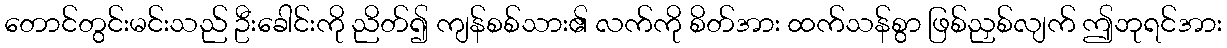
တောင်တွင်းမင်းသည် ဦးခေါင်းကို ညိတ်၍ ကျန်စစ်သား၏ လက်ကို စိတ်အား ထက်သန်စွာ ဖြစ်ညှစ်လျက် ဤဘုရင်အား